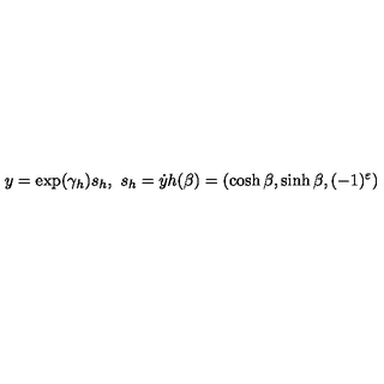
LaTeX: y = \exp ( \gamma _ { h } ) s _ { h } , \ s _ { h } = \dot { y } h ( \beta ) = ( \cosh \beta , \sinh \beta , ( - 1 ) ^ { \varepsilon } )